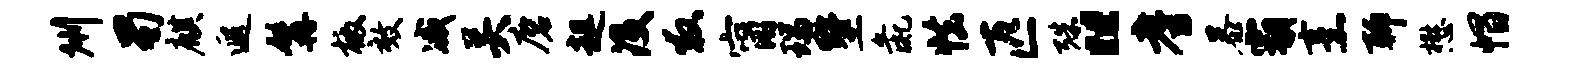
州蜀麒遐髯檄效减关磨趄没救甯瑞墅彘怯匹殊“耆暴霸烹聊懋帽